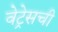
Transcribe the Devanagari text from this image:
वेट्रेसची